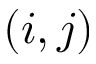
( i , j )